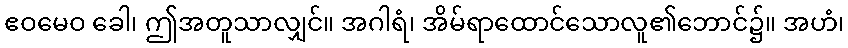
ဧဝမေဝ ခေါ၊ ဤအတူသာလျှင်။ အဂါရံ၊ အိမ်ရာထောင်သောလူ၏ဘောင်၌။ အဟံ၊